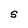
Character: S